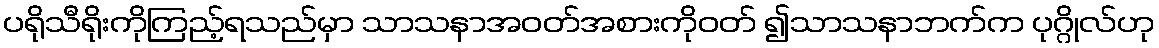
ပရိုသီရိုးကိုကြည့်ရသည်မှာ သာသနာအဝတ်အစားကိုဝတ် ၍သာသနာဘက်က ပုဂ္ဂိုလ်ဟု